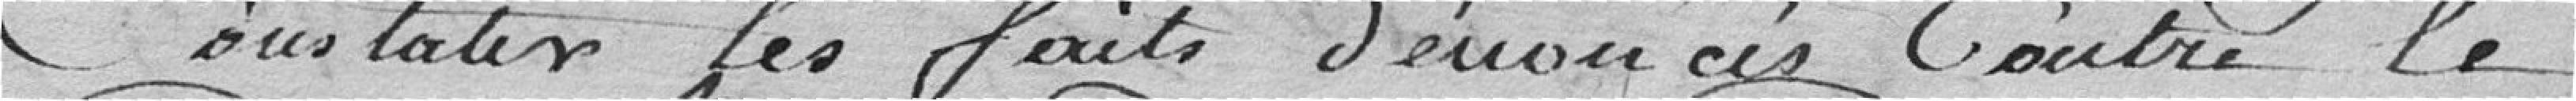
constater les faits dénoncés contre le